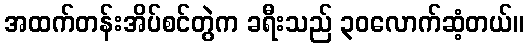
အထက်တန်းအိပ်စင်တွဲက ခရီးသည် ၃၀လောက်ဆံ့တယ်။